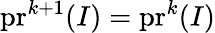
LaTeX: \mathrm{pr}^{k+1}(I)=\mathrm{pr}^{k}(I)